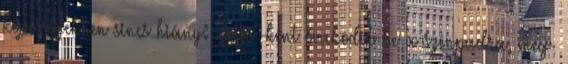
képességekben sincs hiány: "fotós"-ként óvakodik be a színpadra, meg-